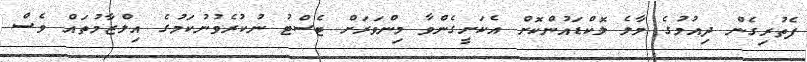
ފެތުރިގެން ދިއުމުގެ މާލެ ލޮކްޑައުންކޮށް އެކަށީގެންވާ މިންވަރަށް ޓެސްޓު ނުކުރެވުނުކަމުގެ އިލްޒާމުތައް ވެސް